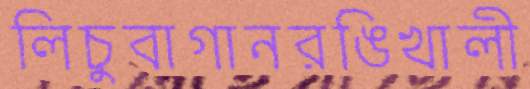
লিচুবাগানরঙিখালী